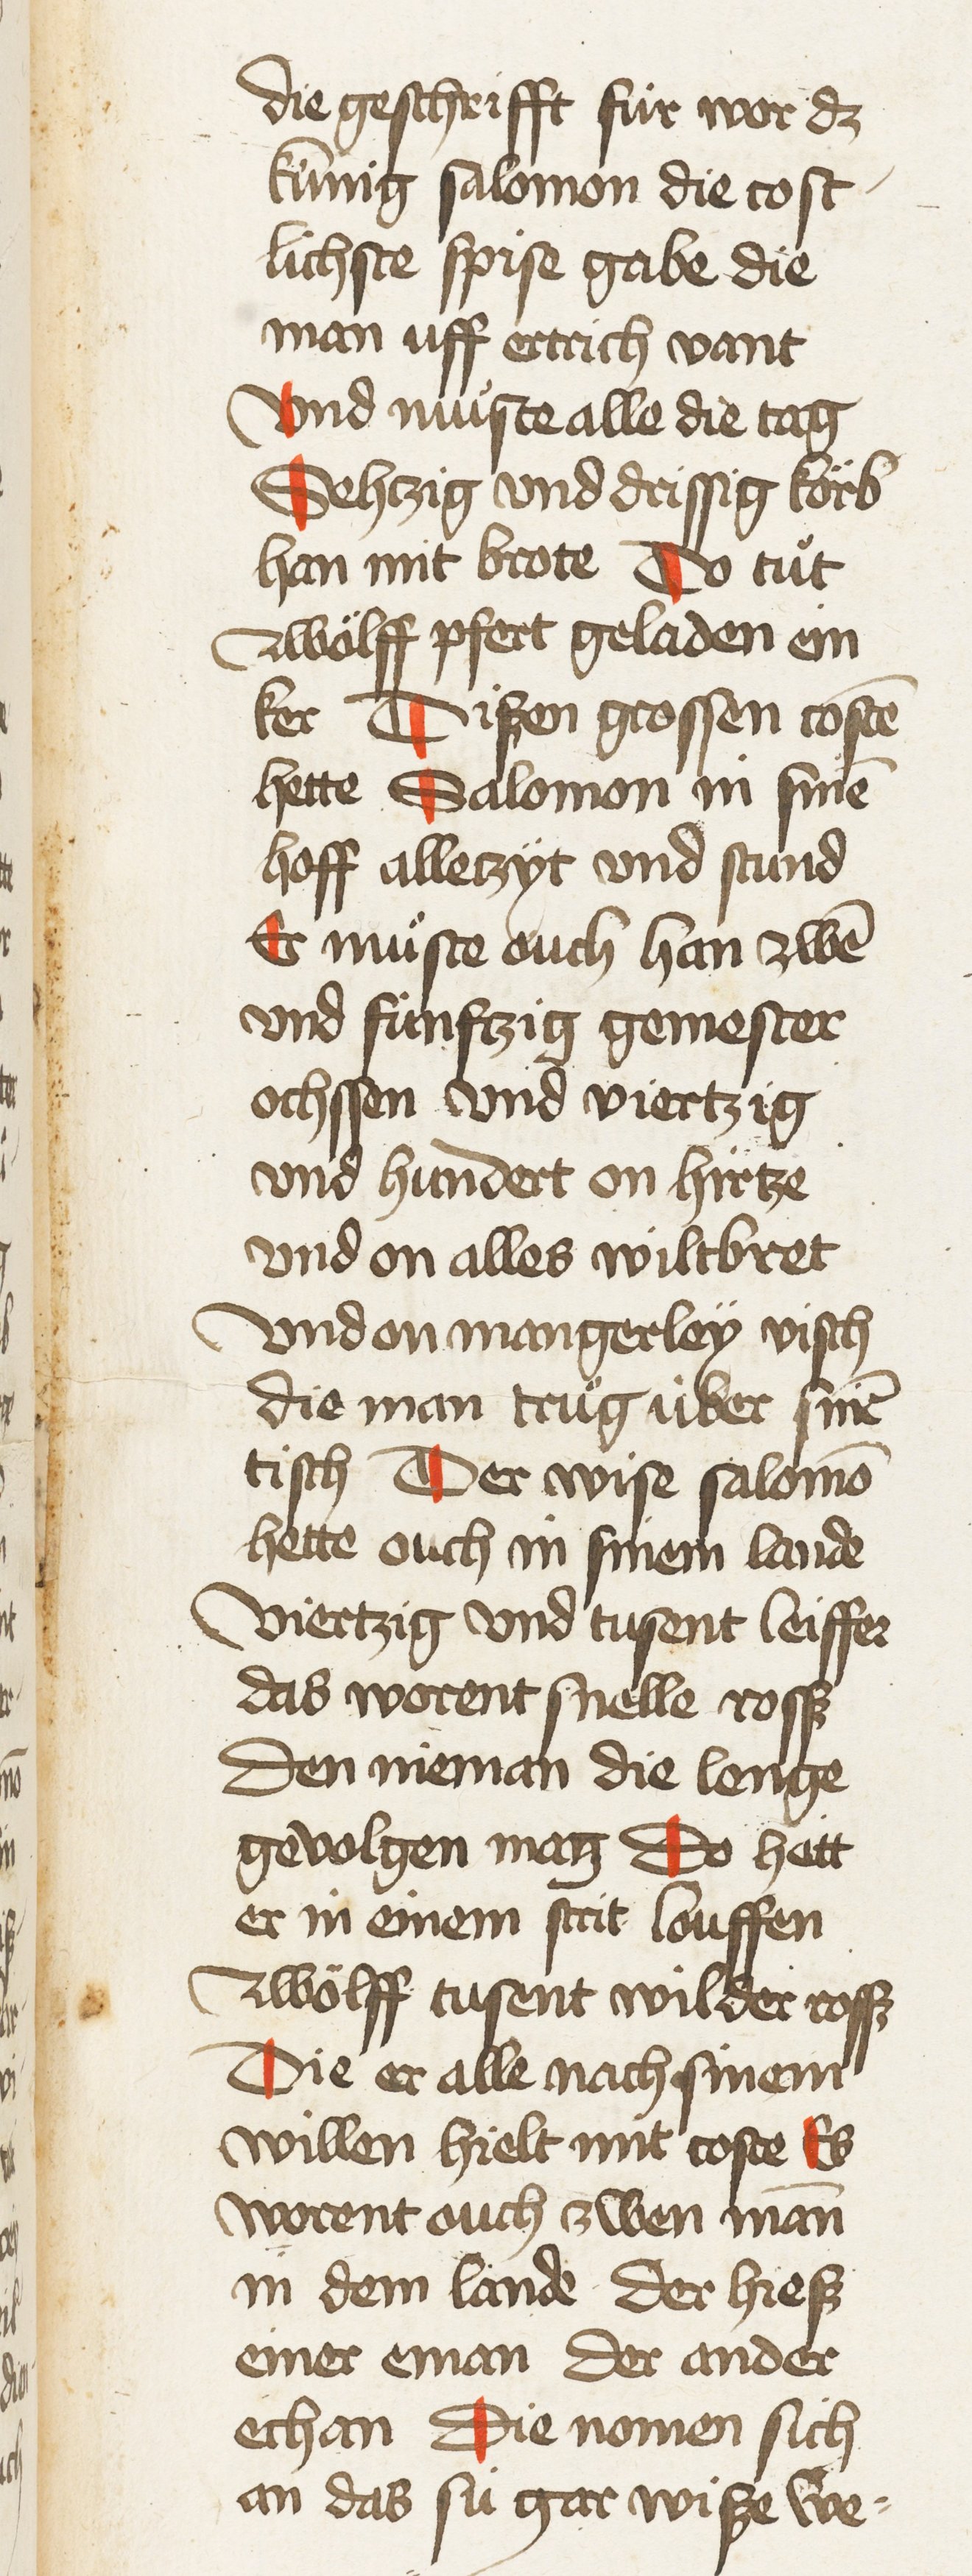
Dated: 1435–1465